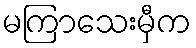
မကြာသေးမှီက